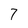
Character: 7